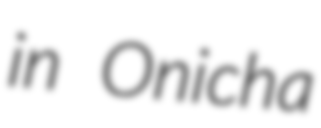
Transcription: in Onicha